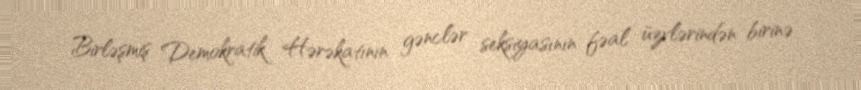
Birləşmiş Demokratik Hərəkatının gənclər seksiyasının fəal üzvlərindən birinə